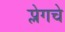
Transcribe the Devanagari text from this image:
प्लेगचे